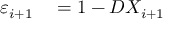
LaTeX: \begin{array} { r l } { \varepsilon _ { i + 1 } } & { { } = 1 - D X _ { i + 1 } } \end{array}